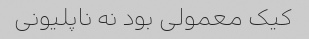
کیک معمولی بود نه ناپلیونی